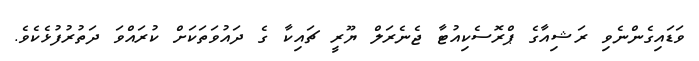
ވަޑައިގެންނެވި ރަޝިއާގެ ޕްރޮސެކިއުޓާ ޖެނެރަލް ޔޫރީ ޗައިކާ ގެ ދައުވަތަކަށް ކުރައްވަ ދަތުރުފުޅެކެވެ.